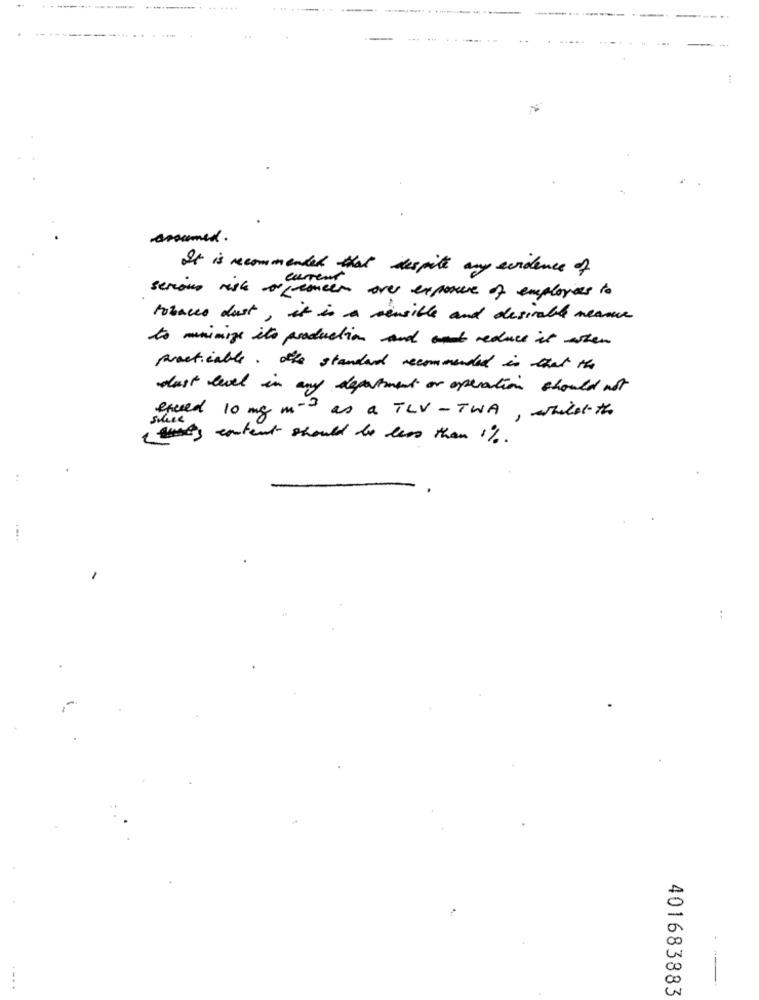
----
----
aroumed.
It is recommended that despite any evidence of
serious rush of fronces over exposure of employees to
tobacco dust, it is a sensible and desirable neame
to minimize its production and out reduce it when
practicable. the standard recommended in that the
dust level in any department or operation should not
exceed 10 mg m-2 as a TLV - TWA , while the
this entent should be less than 1%.
....
..
401683883